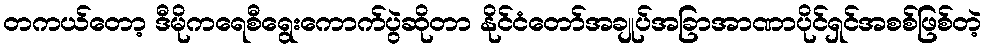
တကယ်တော့ ဒီမိုကရေစီရွေးကောက်ပွဲဆိုတာ နိုင်ငံတော်အချုပ်အခြာအာဏာပိုင်ရှင်အစစ်ဖြစ်တဲ့